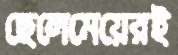
ছেলেমেয়েরই